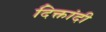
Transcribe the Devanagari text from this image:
दिक्तांदी